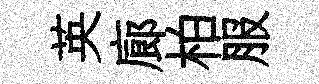
英廊柏服